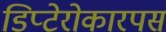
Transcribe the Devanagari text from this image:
डिप्टेरोकारपस